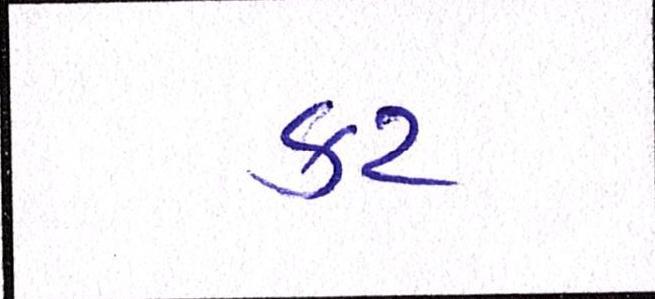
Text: કટ